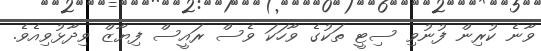
ވާނެ ކުރިން ފުނުވި ސިޓީ ތަކުގެ ވާހަކަ ވެސް ރައީސް ފިޔާޒް ވިދާޅުވިއެވެ.